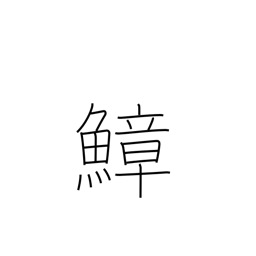
Meaning: octopus